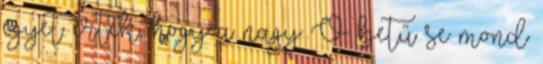
egyet értek, hogy a nagy O betű se mond